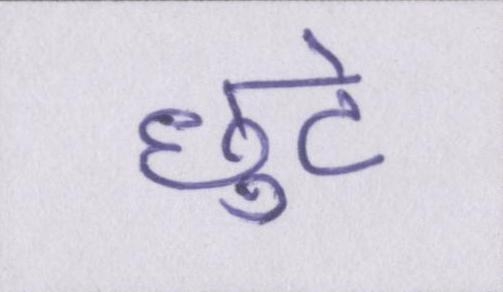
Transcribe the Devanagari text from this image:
छुटे